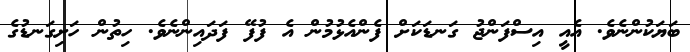
ބަޔަކުންނެވެ. އެއީ އިސްފަންޖު ގަނޑަކަށް ފެންއެޅުމުން އެ ފުފޭ ފަދައިންނެވެ. ހިތުން ހަށިގަނޑުގެ